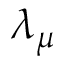
\lambda _ { \mu }